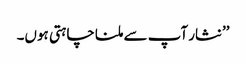
’’نثار آپ سے ملنا چاہتی ہوں۔